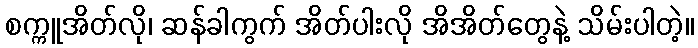
စက္ကူအိတ်လို၊ ဆန်ခါကွက် အိတ်ပါးလို အိအိတ်တွေနဲ့ သိမ်းပါတဲ့။